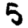
Digit: 5